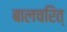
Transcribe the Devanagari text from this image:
बालचरित्‌